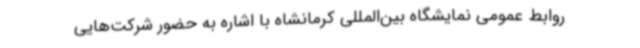
روابط عمومی نمایشگاه بین‌المللی کرمانشاه با اشاره به حضور شرکت‌هایی